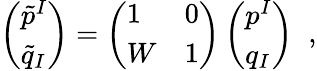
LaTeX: \left(\begin{array}{l}{{\tilde{p}^{I}}}\\ {{\tilde{q}_{I}}}\end{array}\right)=\left(\begin{array}{ll}{{1}}&{{0}}\\ {{W}}&{{1}}\end{array}\right)\left(\begin{array}{l}{{p^{I}}}\\ {{q_{I}}}\end{array}\right)\; \; ,